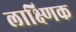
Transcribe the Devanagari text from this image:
लाक्ष्णिक